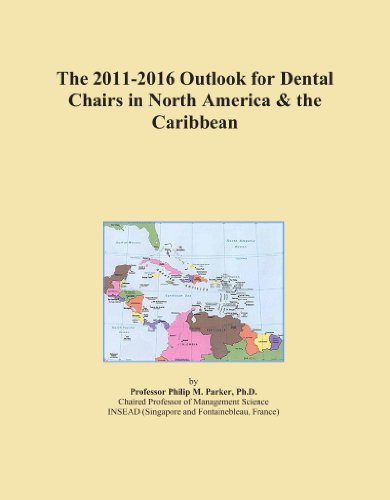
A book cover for The 2011-2016 Outlook for Dental Chairs in North America & the Caribbean; Icon Group International; Medical Books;